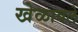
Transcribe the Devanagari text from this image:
खेळावले